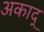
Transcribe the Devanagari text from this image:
अकाद्